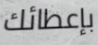
بإعطائك